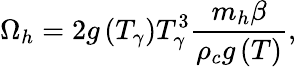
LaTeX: \Omega_{h}=2g\left(T_{\gamma}\right)T_{\gamma}^{3}\frac{m_{h}\beta}{\rho_{c}g\left(T\right)},